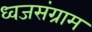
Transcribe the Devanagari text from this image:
ध्वजसंग्राम